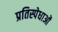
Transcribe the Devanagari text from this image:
प्रतिस्पेधाओं